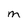
Character: M